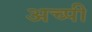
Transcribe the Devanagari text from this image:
अच्पी